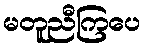
မတူညီကြပေ